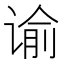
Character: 谕